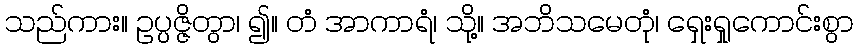
သည်ကား။ ဥပ္ပဇ္ဇိတွာ၊ ၍။ တံ အာကာရံ၊ သို့။ အဘိသမေတုံ၊ ရှေးရှုကောင်းစွာ